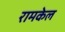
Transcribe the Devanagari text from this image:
रामकेल